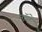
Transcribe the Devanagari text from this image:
माॅगे